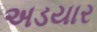
અડયાર